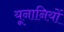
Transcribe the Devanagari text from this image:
यूनानियों